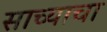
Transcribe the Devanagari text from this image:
साच्याचा